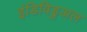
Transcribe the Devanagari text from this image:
इंडिविडुअल